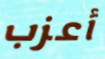
أعزب